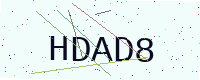
Text: HDAD8